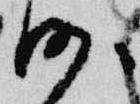
沙